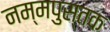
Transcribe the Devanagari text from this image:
नम्मपुस्तक